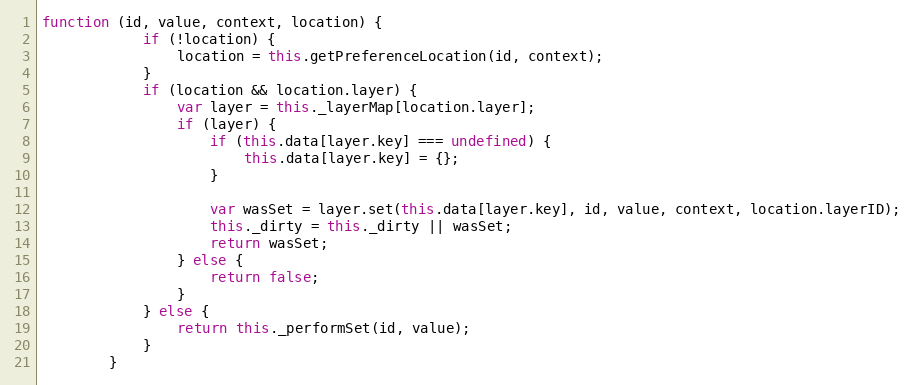
Language: JavaScript
function (id, value, context, location) {
            if (!location) {
                location = this.getPreferenceLocation(id, context);
            }
            if (location && location.layer) {
                var layer = this._layerMap[location.layer];
                if (layer) {
                    if (this.data[layer.key] === undefined) {
                        this.data[layer.key] = {};
                    }

                    var wasSet = layer.set(this.data[layer.key], id, value, context, location.layerID);
                    this._dirty = this._dirty || wasSet;
                    return wasSet;
                } else {
                    return false;
                }
            } else {
                return this._performSet(id, value);
            }
        }